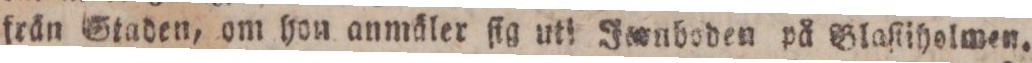
frän Staden, om hon anmäler ſig uti Innboden på Blaſtiholmen.